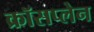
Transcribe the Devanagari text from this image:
क्रॉसप्लेन